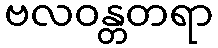
ဗလဝန္တတရာ